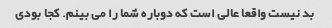
بد نیست واقعا عالی است که دوباره شما را می بینم. کجا بودی